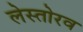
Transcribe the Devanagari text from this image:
लेस्तोरव